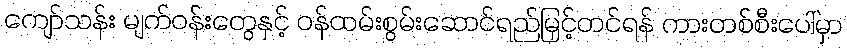
ကျော်သန်း မျက်ဝန်းတွေနှင့် ဝန်ထမ်းစွမ်းဆောင်ရည်မြှင့်တင်ရန် ကားတစ်စီးပေါ်မှာ